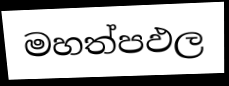
මහත්පඵල